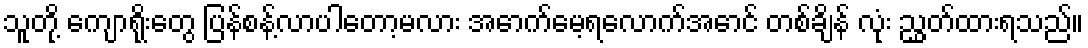
သူတို့ ကျောရိုးတွေ ပြန်စန့်လာပါတော့မလား အောက်မေ့ရလောက်အောင် တစ်ချိန် လုံး ညွှတ်ထားရသည်။